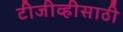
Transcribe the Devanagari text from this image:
टीजीव्हीसाठी